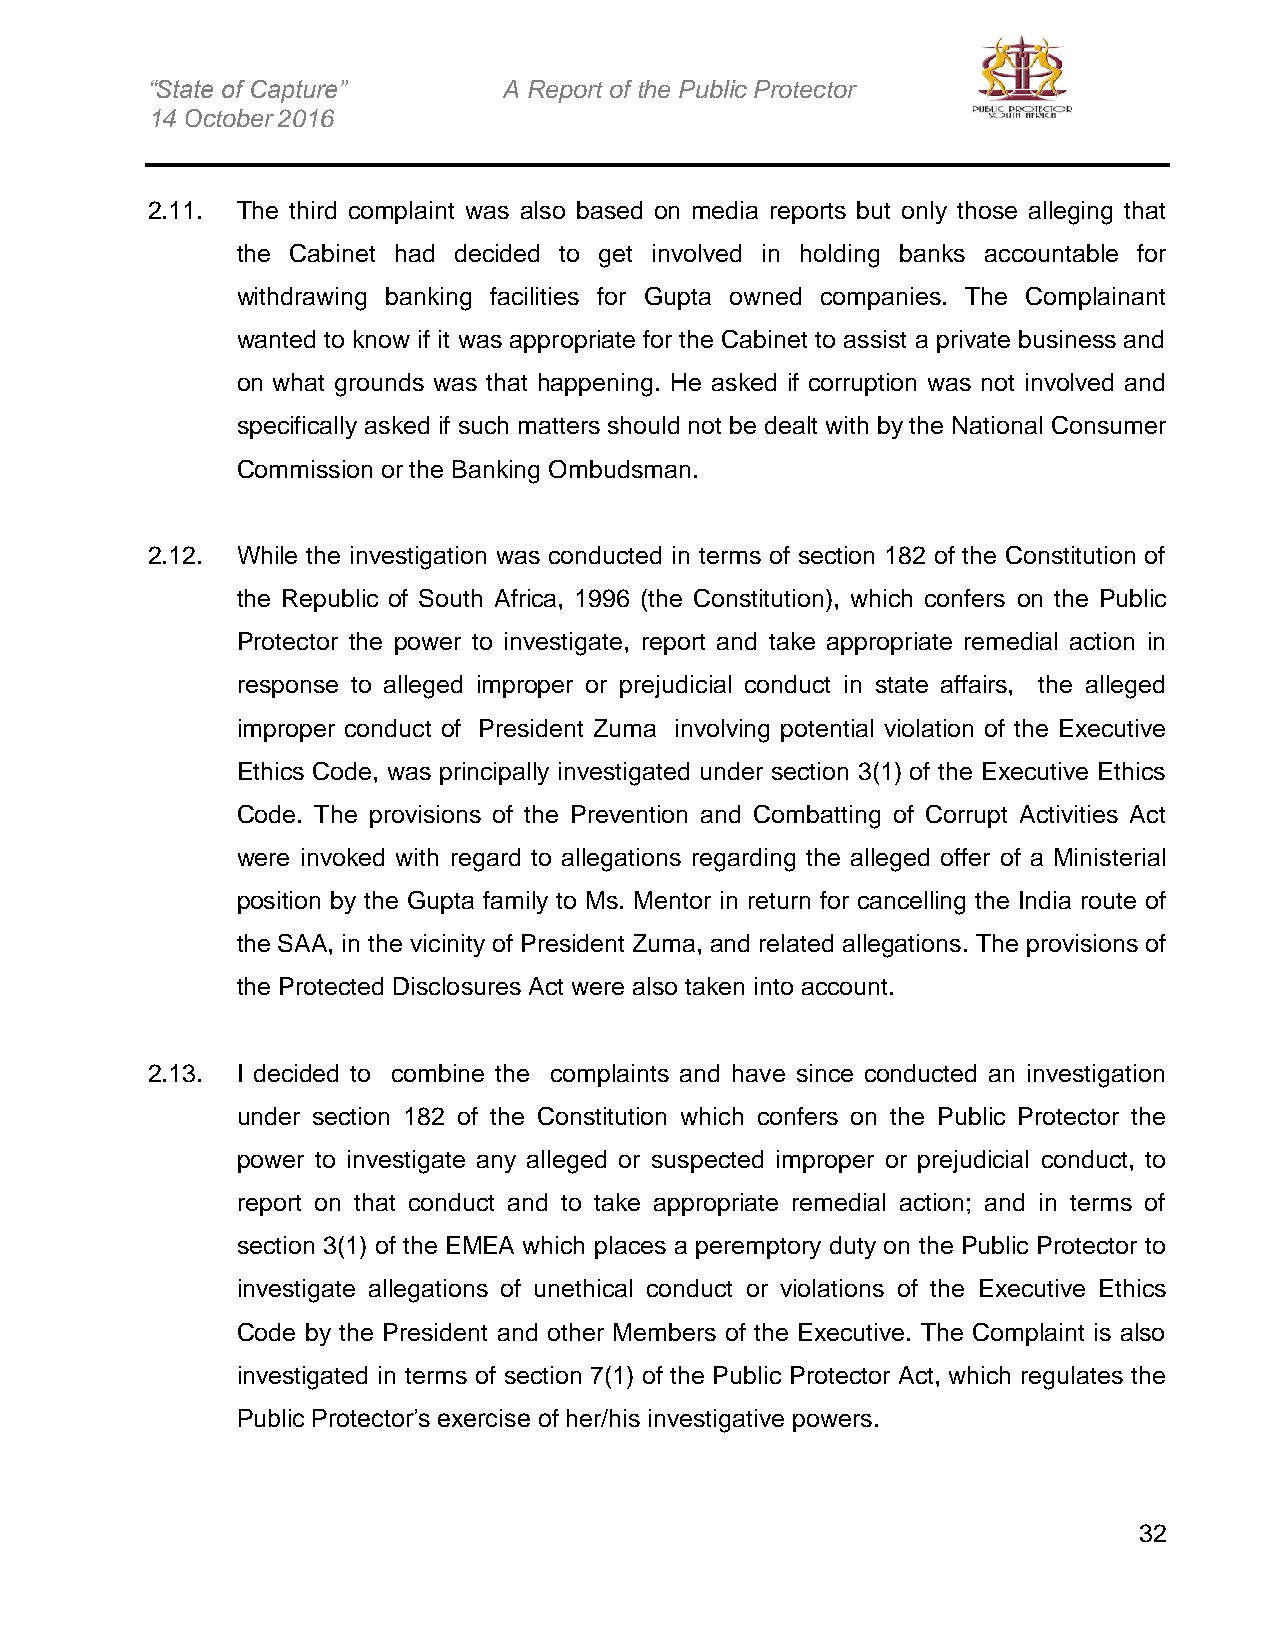
“State of Capture”     A Report of the Public Protector
 14 October 2016
 2.11. The third complaint was also based on media reports but only those alleging that
 the Cabinet had decided to get involved in holding banks accountable for
 withdrawing banking facilities for Gupta owned companies. The Complainant
 wanted to know if it was appropriate for the Cabinet to assist a private business and
 on what grounds was that happening. He asked if corruption was not involved and
 specifically asked if such matters should not be dealt with by the National Consumer
 Commission or the Banking Ombudsman.
 2.12. While the investigation was conducted in terms of section 182 of the Constitution of
 the Republic of South Africa, 1996 (the Constitution), which confers on the Public
 Protector the power to investigate, report and take appropriate remedial action in
 response to alleged improper or prejudicial conduct in state affairs, the alleged
 improper conduct of President Zuma involving potential violation of the Executive
 Ethics Code, was principally investigated under section 3(1) of the Executive Ethics
 Code. The provisions of the Prevention and Combatting of Corrupt Activities Act
 were invoked with regard to allegations regarding the alleged offer of a Ministerial
 position by the Gupta family to Ms. Mentor in return for cancelling the India route of
 the SAA, in the vicinity of President Zuma, and related allegations. The provisions of
 the Protected Disclosures Act were also taken into account.
 2.13. I decided to combine the complaints and have since conducted an investigation
 under section 182 of the Constitution which confers on the Public Protector the
 power to investigate any alleged or suspected improper or prejudicial conduct, to
 report on that conduct and to take appropriate remedial action; and in terms of
 section 3(1) of the EMEA which places a peremptory duty on the Public Protector to
 investigate allegations of unethical conduct or violations of the Executive Ethics
 Code by the President and other Members of the Executive. The Complaint is also
 investigated in terms of section 7(1) of the Public Protector Act, which regulates the
 Public Protector’s exercise of her/his investigative powers.
 32